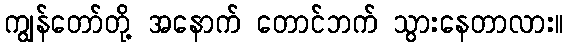
ကျွန်တော်တို့ အနောက် တောင်ဘက် သွားနေတာလား။